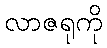
လာဇရုကို